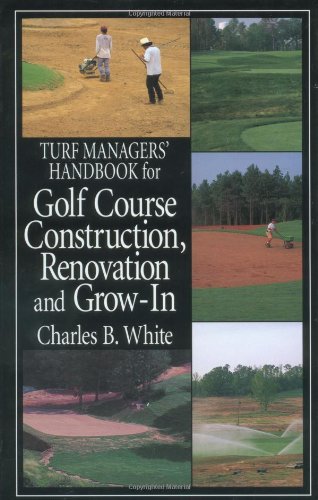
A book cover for Turf Managers' Handbook for Golf Course Construction, Renovation, and Grow-In; Charles B. White; Science & Math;